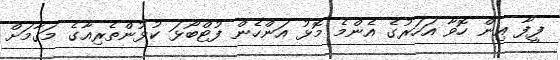
ފީފާ އިން ހޮވާ އަހަރުގެ އެންމެ މޮޅު އަންހެން ފުޓްބޯޅަ ކުޅުންތެރިއާގެ މަގާމަށް